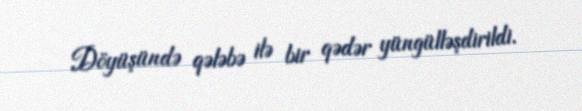
Döyüşündə qələbə ilə bir qədər yüngülləşdirildi.